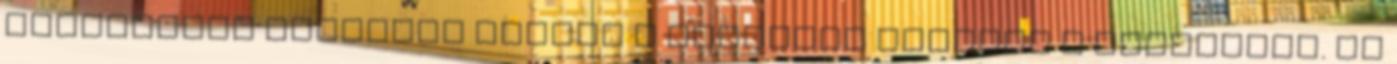
erődítmény falairól nyílik a legszebb kilátás a fővárosra. Az